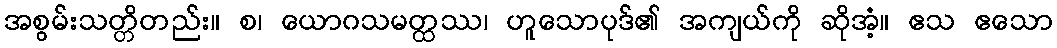
အစွမ်းသတ္တိတည်း။ စ၊ ယောဂသမတ္ထဿ၊ ဟူသောပုဒ်၏ အကျယ်ကို ဆိုအံ့။ ဧသ ဧသော